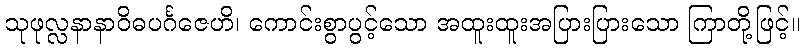
သုဖုလ္လနာနာဝိဓပင်္ဂဇေဟိ၊ ကောင်းစွာပွင့်သော အထူးထူးအပြားပြားသော ကြာတို့ဖြင့်။